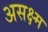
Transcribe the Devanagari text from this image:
असक्ष्म